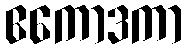
ဧကောဒကာ